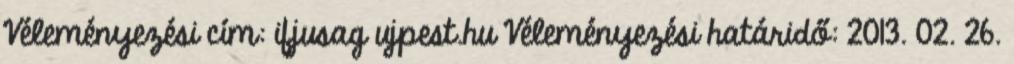
Véleményezési cím: ifjusag ujpest.hu Véleményezési határidő: 2013. 02. 26.